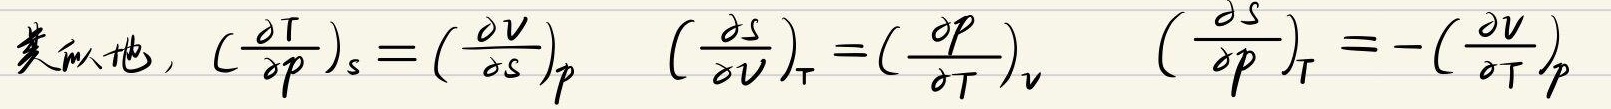
类似地, $\left(\frac{\partial T}{\partial p}\right)_s = \left(\frac{\partial V}{\partial s}\right)_p \quad \left(\frac{\partial s}{\partial V}\right)_T = \left(\frac{\partial p}{\partial T}\right)_V \quad \left(\frac{\partial s}{\partial p}\right)_T = -\left(\frac{\partial V}{\partial T}\right)_p$